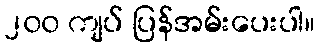
၂၀၀ ကျပ် ပြန်အမ်းပေးပါ။